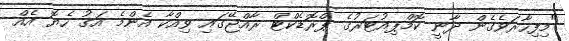
"މިފިހާރަވެގެން ދާނީ ކޮމްޕިއުޓަރުގެ ޕްރޮޑެކްޓް ރާއްޖޭގައި ވިއްކާ އެންމެ އަގު ހެޔޮ އެއް